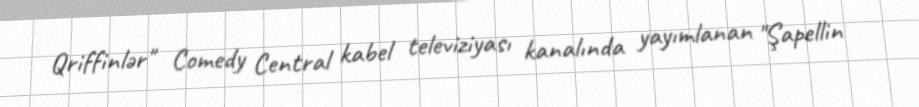
Qriffinlər" Comedy Central kabel televiziyası kanalında yayımlanan "Şapellin